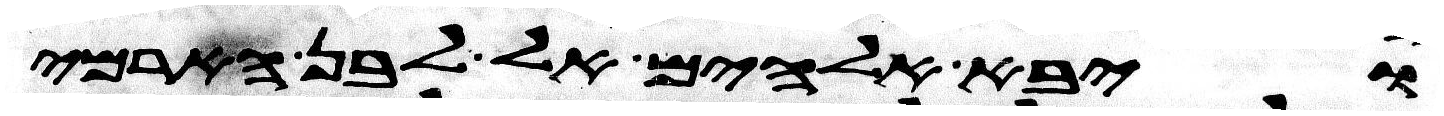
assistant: ויבא אלהים אל לבן הארמי